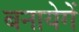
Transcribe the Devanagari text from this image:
बनायेगें